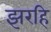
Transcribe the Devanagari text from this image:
झरहि